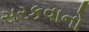
સરકવાનો